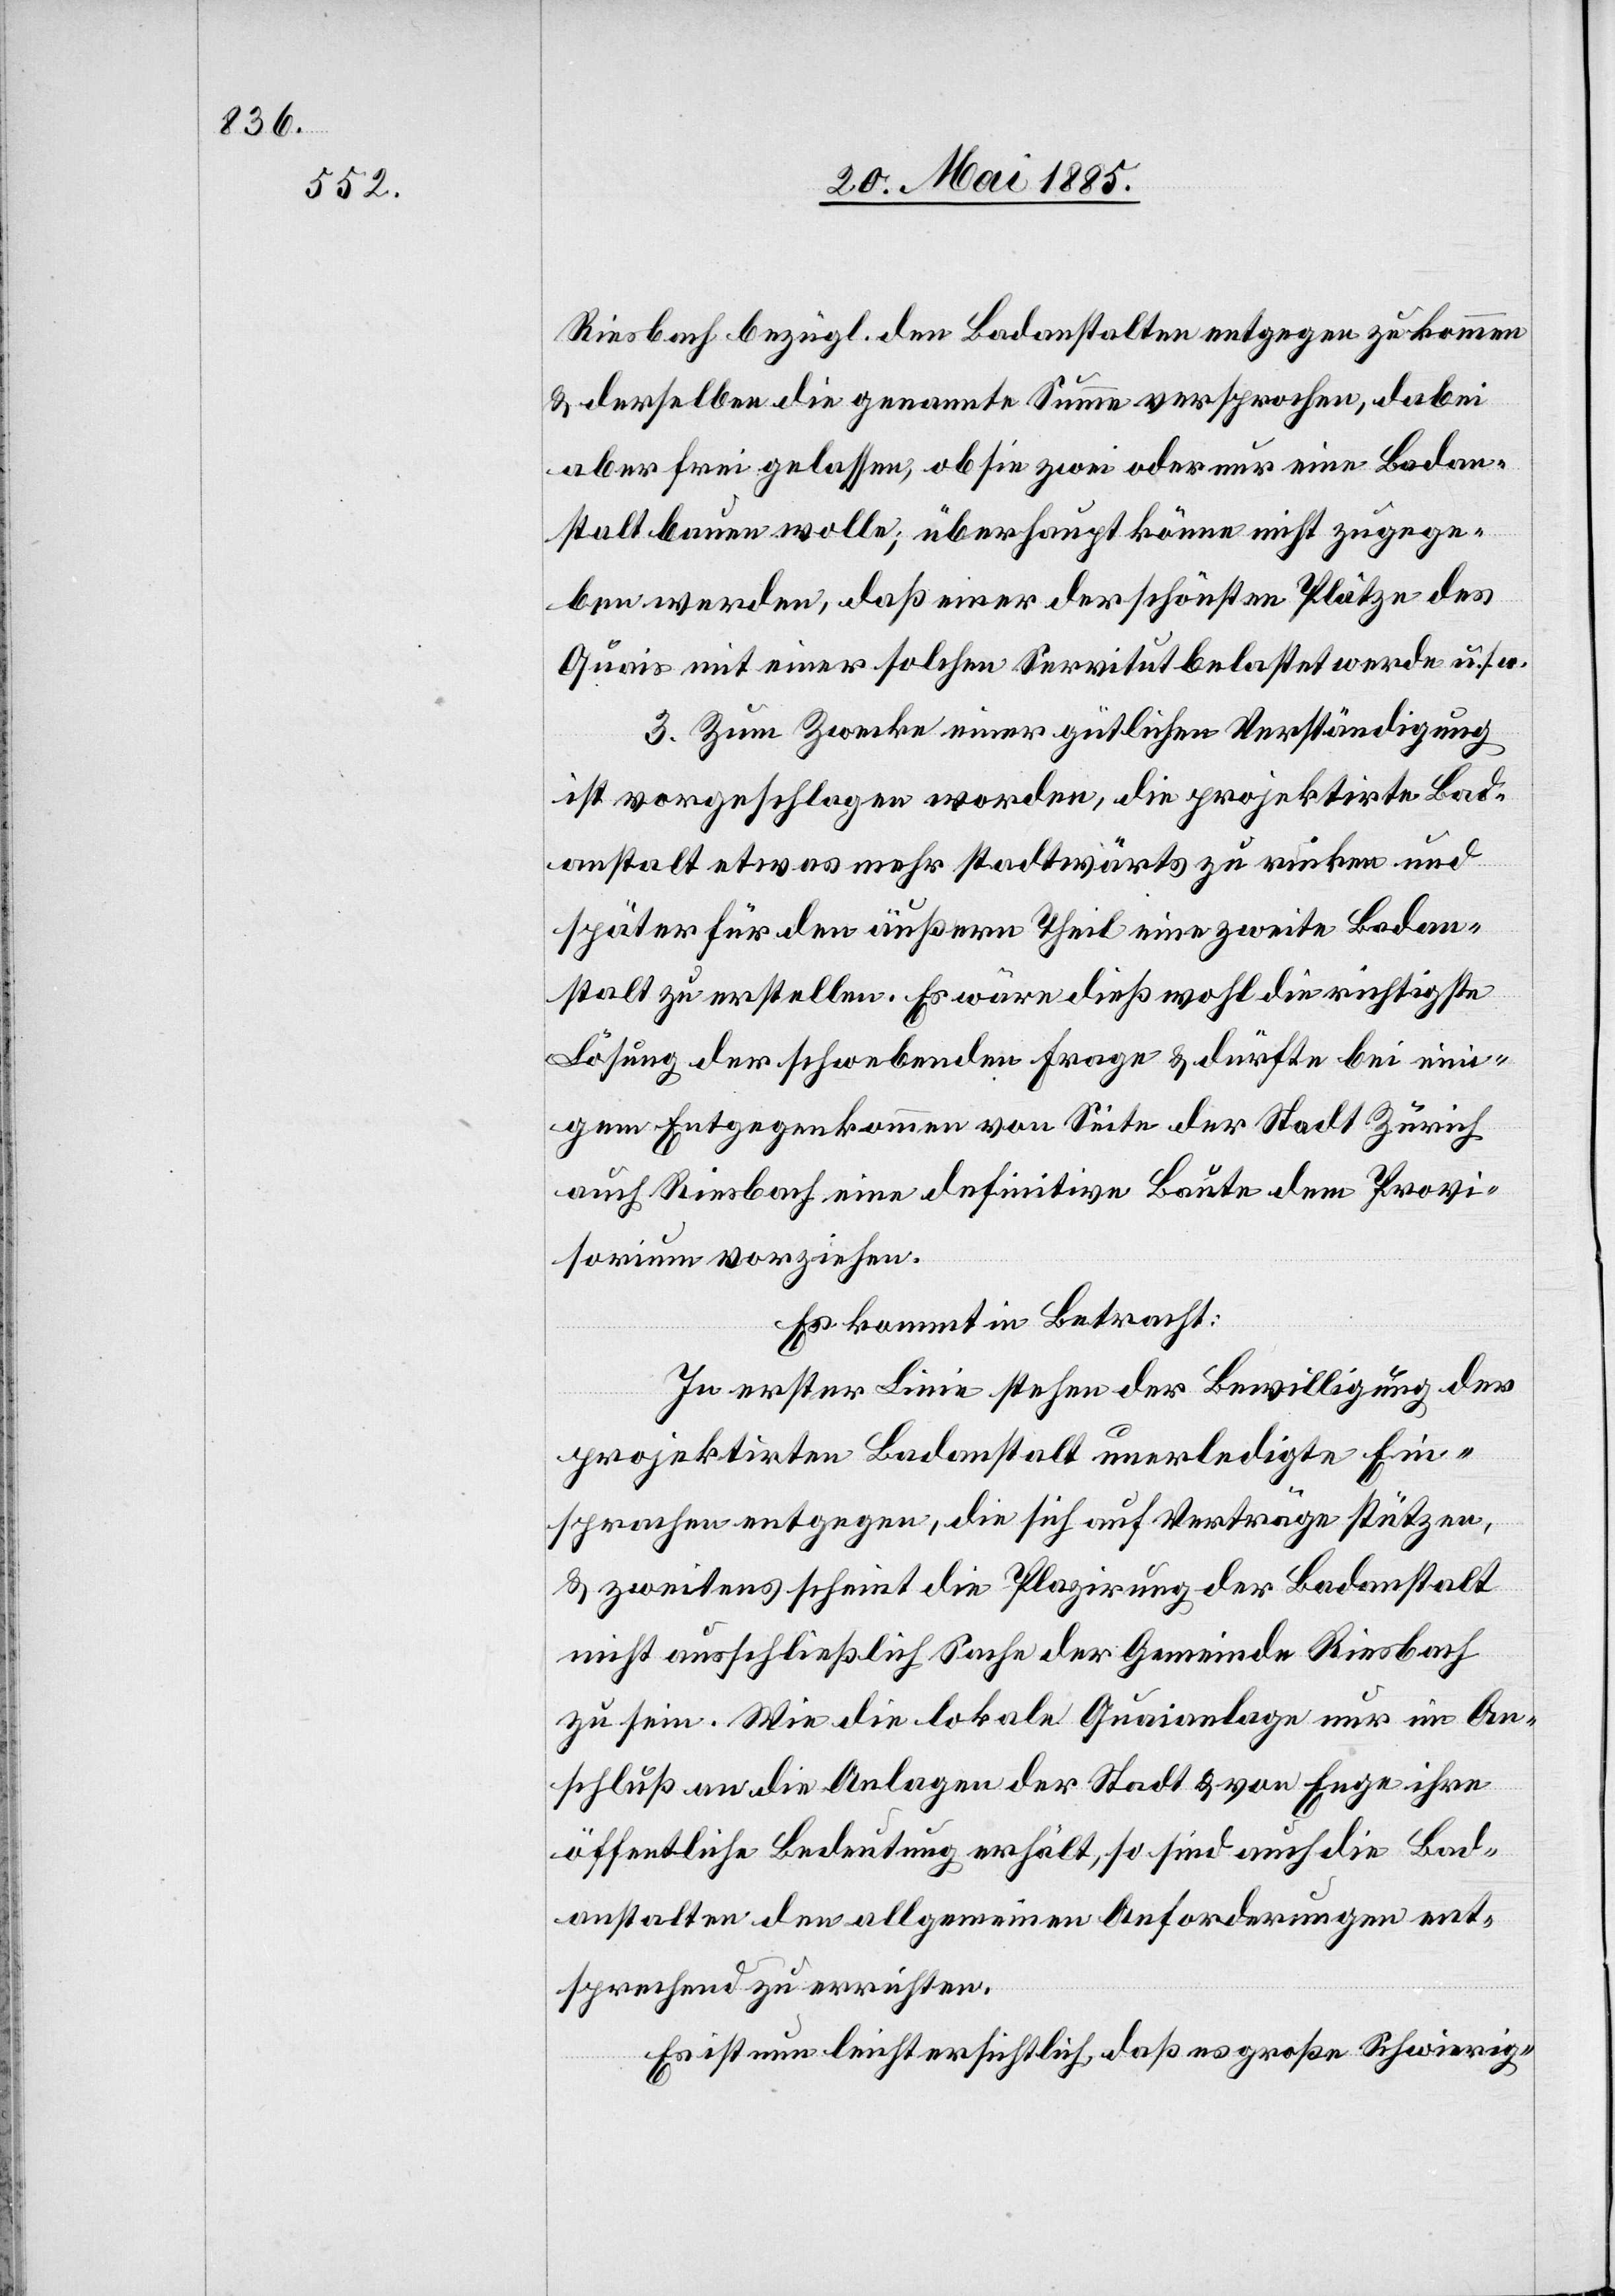
Riesbach bezügl. den Badanstalten entgegen zu kommen
& derselben die genannte Summe versprochen, dabei
aber frei gelassen, ob sie zwei oder nur eine Badan¬
stalt bauen wolle; überhaupt könne nicht zugege¬
ben werden, daß einer der schönsten Plätze des
Quais mit einer solchen Servitut belastet werde u. s.
3. Zum Zwecke einer gütlichen Verständigung
ist vorgeschlagen worden, die projektirte Bad¬
anstalt etwas mehr stadtwärts zu rücken und
später für den äußern Theil eine zweite Badan¬
stalt zu erstellen. Es wäre dieß wohl die richtigste
Lösung der schwebenden Frage & dürfte bei eini¬
gem Entgegenkommen von Seite der Stadt Zürich
auch Riesbach eine definitive Baute dem Provi¬
sorium vorziehen.
Es kommt in Betracht:
In erster Linie stehen der Bewilligung der
projektirten Badanstalt unerledigte Ein¬
sprachen entgegen, die sich auf Verträge stützen,
& zweitens scheint die Plazirung der Badanstalt
nicht ausschließlich Sache der Gemeinde Riesbach
zu sein. Wie die lokale Quaianlage nur im An¬
schluß an die Anlagen der Stadt & von Enge ihre
öffentliche Bedeutung erhält, so sind auch die Bad¬
anstalten den allgemeinen Anforderungen ent¬
sprechend zu errichten.
Es ist nun leicht ersichtlich, daß es große Schwierig-